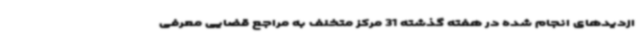
ازدیدهای انجام شده در هفته گذشته 31 مرکز متخلف به مراجع قضایی معرفی